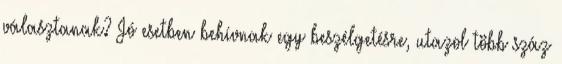
választanak? Jó esetben behívnak egy beszélgetésre, utazol több száz